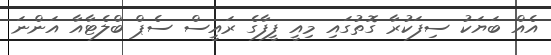
އެއް ބަޔަކު ސިފަކުރާ ގޮތުގައި މިއީ ފީފާގެ ރައީސް ސެޕް ބްލެޓާއާ އަންނަ